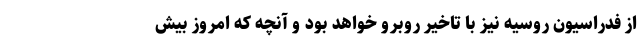
از فدراسیون روسیه نیز با تاخیر روبرو خواهد بود و آنچه که امروز بیش